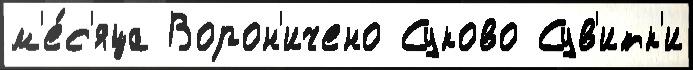
м'е́с'яца Ворон'ичено Суково Сув'итк'и